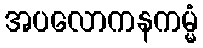
အပလောကနကမ္မံ